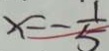
x = - \frac { 1 } { 5 }